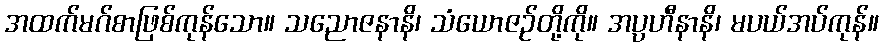
အထက်မဂ်စာဖြစ်ကုန်သော။ သညောဇနာနိ၊ သံယောဇဉ်တို့ကို။ အပ္ပဟီနာနိ၊ မပယ်အပ်ကုန်။